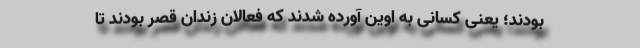
بودند؛ یعنی كسانی به اوین آورده شدند كه فعالان زندان قصر بودند تا